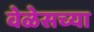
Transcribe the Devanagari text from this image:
वेळेसच्या